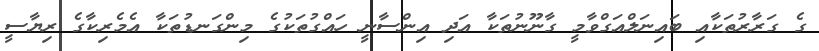
ގެ ގަރާރުތަކާއި ބައިނަލްއަގްވާމީ ގާނޫނުތަކާ އަދި އިންސާނީ ހައްގުތަކުގެ މިންގަނޑުތަކާ އެމެރިކާގެ ރިޔާސީ